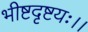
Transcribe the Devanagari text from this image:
भीष्टदृष्टयः।।